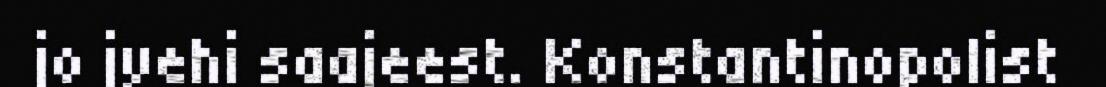
jo jyehi saajeest. Konstantinopolist